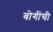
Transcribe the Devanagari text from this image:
बोगींची